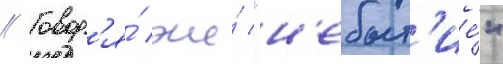
// Говор'я́ же́ "н'ебыт'ие́"